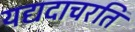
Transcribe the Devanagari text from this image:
यद्यदाचरति